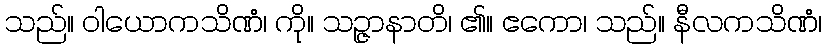
သည်။ ဝါယောကသိဏံ၊ ကို။ သဉ္ဇာနာတိ၊ ၏။ ဧကော၊ သည်။ နီလကသိဏံ၊